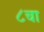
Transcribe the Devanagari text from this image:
८चा